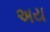
અય